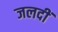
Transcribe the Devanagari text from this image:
जलदीं